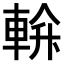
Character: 𨌝